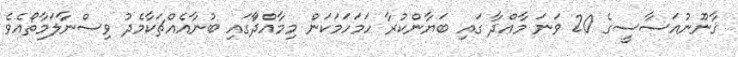
ޤާނޫނުއަސާސީގެ 20 ވަނަ މާއްދާ ގައި ބަޔާންކުރާ ހަމަހަމަކަން މިމާއްދާަގައި ބުނާއެއްޗަކާމެދު ވިސްނާލަމާތޯއެވެ